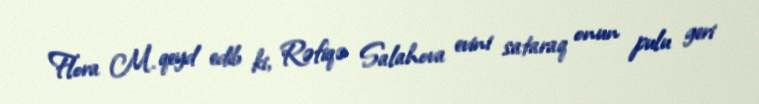
Flora M. qeyd edib ki, Rəfiqə Salahova evini sataraq onun pulu geri